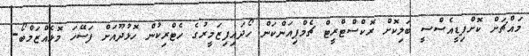
މައްޗަށް ކޮށްފިޑީއެސްސީ ބަލިކޮށް ރޮކްސްޓްރީޓް ޗެމްޕިއަންކަން ހޯދައިފިޒަމީރުގެ ހެޓްރިކުން ހޮޅުދޫއަށް ފަސޭހަ މޮޅެއްޒަމްބޯ-